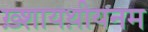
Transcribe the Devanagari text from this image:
ख़्शायथ़ीयनम